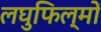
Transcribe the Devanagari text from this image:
लघुफिल्मों